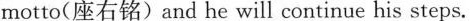
motto(座右铭)and he will continue his steps.